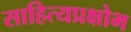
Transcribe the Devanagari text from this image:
साहित्यप्रक्षोभ